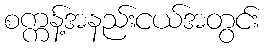
စက္ကန့်အနည်းငယ်အတွင်း